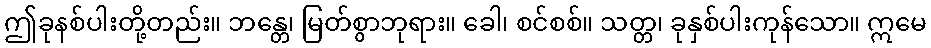
ဤခုနစ်ပါးတို့တည်း။ ဘန္တေ၊ မြတ်စွာဘုရား။ ခေါ၊ စင်စစ်။ သတ္တ၊ ခုနှစ်ပါးကုန်သော။ ဣမေ